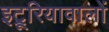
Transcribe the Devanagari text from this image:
इट्रूरियावालों